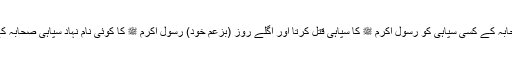
ایک دن (بزعم خود) صحابہ کے کسی سپاہی کو رسول اکرم ﷺ کا سپاہی قتل کرتا اور اگلے روز (بزعم خود) رسول اکرم ﷺ کا کوئی نام نہاد سپاہی صحابہ کے سپاہیوں کو قتل کرتا ۔